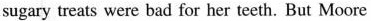
sugary treats were bad for her teeth. But Moore